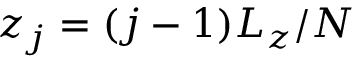
z _ { j } = ( j - 1 ) L _ { z } / N